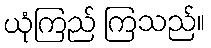
ယုံကြည် ကြသည်။